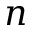
n